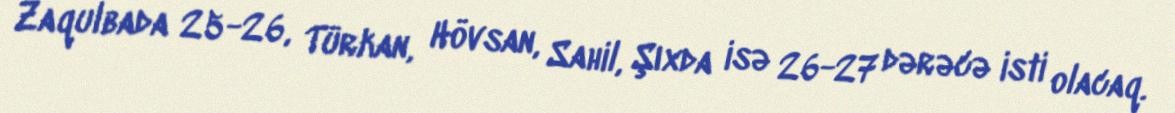
Zaqulbada 25-26, Türkan, Hövsan, Sahil, Şıxda isə 26-27 dərəcə isti olacaq.